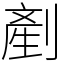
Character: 剷